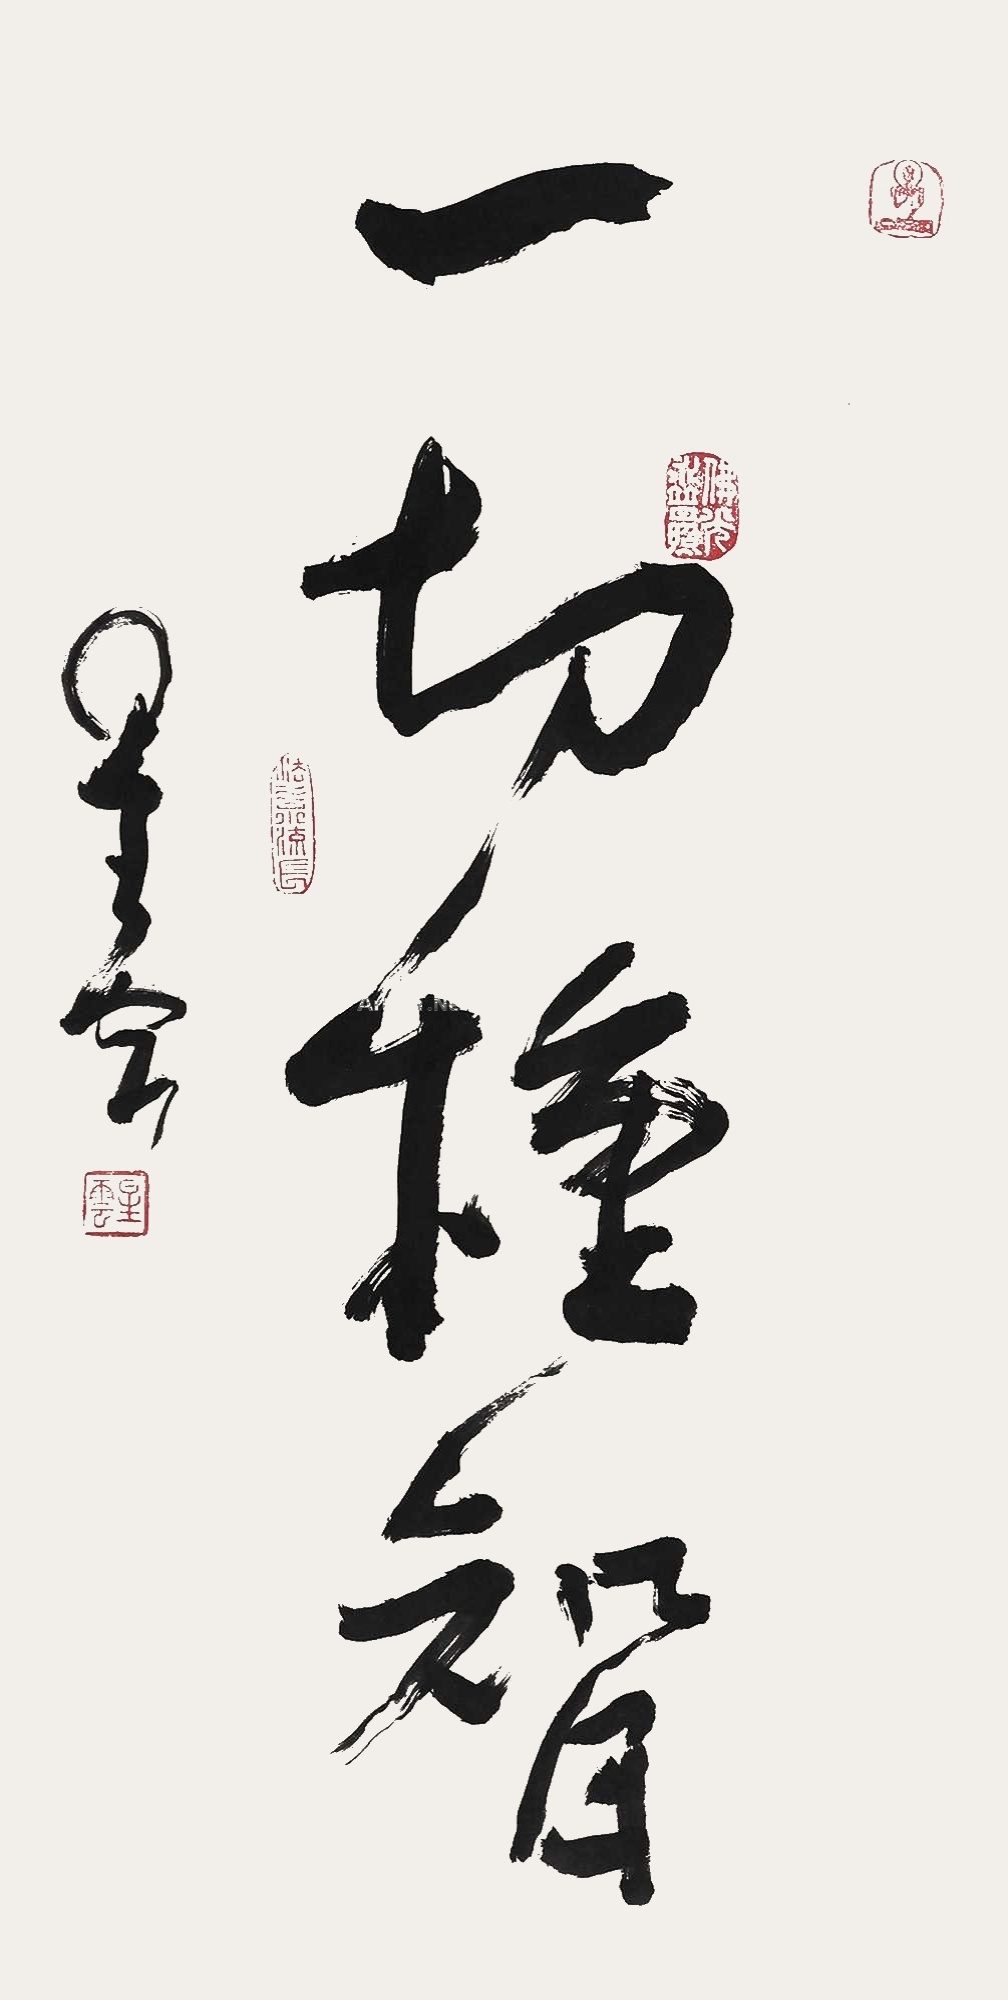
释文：一切种智星云。